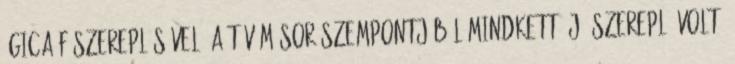
Ágica főszereplésével. A tévéműsor szempontjából mindkettő jó szereplő volt,